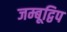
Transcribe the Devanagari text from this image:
जम्बूद्विप